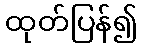
ထုတ်ပြန်၍